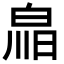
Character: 𤽳